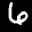
Label: 6